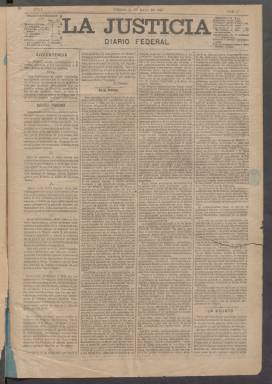
Título: La Justicia (Madrid. 1886)
Colección: Periódicos
Ámbito geográfico: Madrid
Lugar de publicación: Madrid
Fechas: 21/05/1886-16/06/1886